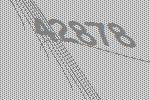
42878